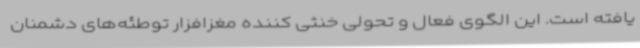
یافته است. این الگوی فعال و تحولی خنثی کننده مغزافزار توطئه‌های دشمنان